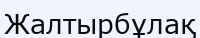
Жалтырбұлақ